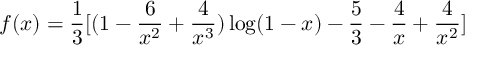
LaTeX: f ( x ) = { \frac { 1 } { 3 } } [ ( 1 - { \frac { 6 } { x ^ { 2 } } } + { \frac { 4 } { x ^ { 3 } } } ) \log ( 1 - x ) - { \frac { 5 } { 3 } } - { \frac { 4 } { x } } + { \frac { 4 } { x ^ { 2 } } } ]